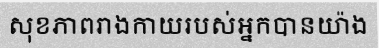
សុខភាពរាងកាយរបស់អ្នកបានយ៉ាង